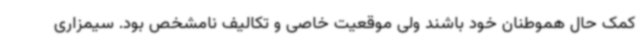
کمک حال هموطنان خود باشند ولی موقعیت خاصی و تکالیف نامشخص بود. سیمزاری